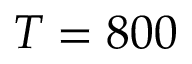
T = 8 0 0